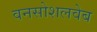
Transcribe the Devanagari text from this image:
वनसोशलवेब